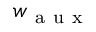
w _ { \mathrm { ~ a ~ u ~ x ~ } }